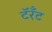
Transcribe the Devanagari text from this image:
टॅरँट